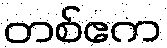
တစ်ဧက